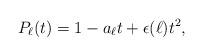
LaTeX: \begin{align*}P_{\ell}(t)= 1-a_{\ell}t+ \epsilon (\ell)t^2,\end{align*}